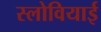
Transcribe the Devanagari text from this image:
स्लोवियाई